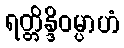
ရတ္တိန္ဒိဝမ္ပာဟံ